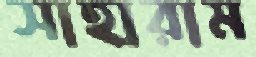
সাহারাম